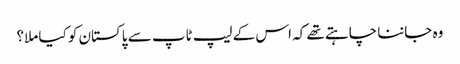
وہ جاننا چاہتے تھے کہ اس کے لیپ ٹاپ سے پاکستان کو کیا ملا؟